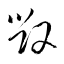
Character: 毀